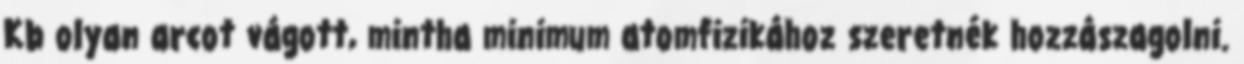
Kb olyan arcot vágott, mintha minimum atomfizikához szeretnék hozzászagolni.